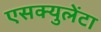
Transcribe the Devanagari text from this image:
एसक्युलेंटा